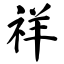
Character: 祥